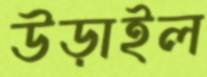
উড়াইল